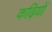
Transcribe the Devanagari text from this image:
कढ़ियों